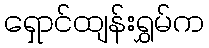
ရှောင်ထျန်းရွှမ်က